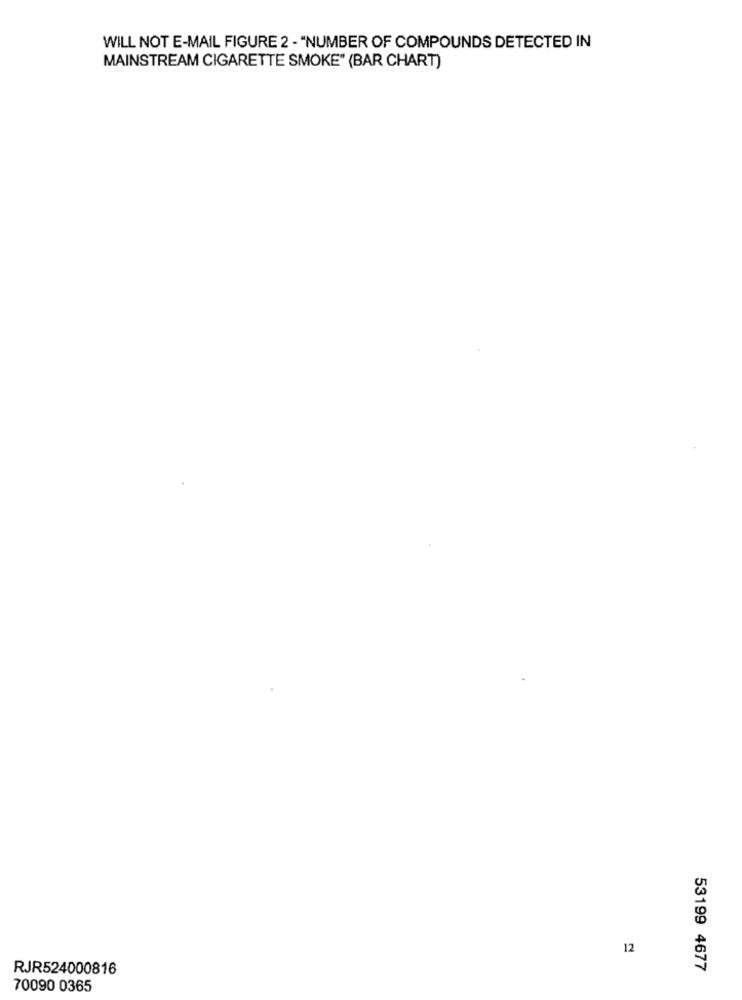
WILL NOT E-MAIL FIGURE 2 - "NUMBER OF COMPOUNDS DETECTED IN
MAINSTREAM CIGARETTE SMOKE" (BAR CHART)
12
RJR524000816
53199 4677
70090 0365